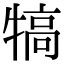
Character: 犒